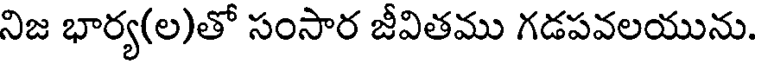
నిజ భార్య(ల)తో సంసార జీవితము గడపవలయును.